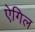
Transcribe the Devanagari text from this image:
ऐगिल